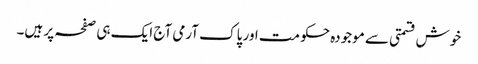
خوش قسمتی سے موجودہ حکومت اور پاک آرمی آج ایک ہی صفحہ پر ہیں۔